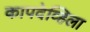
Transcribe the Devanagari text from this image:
कापदेव्हिला